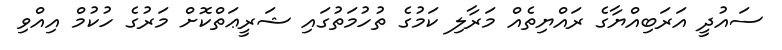
ސައުދީ އަރަބިއްޔާގެ ރައްޔިތެއް މަރާލި ކަމުގެ ތުހުމަތުގައި ޝަރީޢަތްކޮށް މަރުގެ ހުކުމް އިއްވި